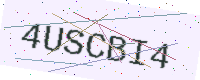
Text: 4USCBI4